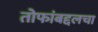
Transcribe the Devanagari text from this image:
तोफांबद्दलचा